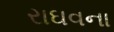
રાઘવના